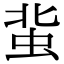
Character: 𧉥